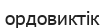
ордовиктік